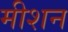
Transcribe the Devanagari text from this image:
मीशन